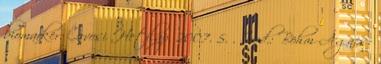
biomarker. Orvosi Hetilap, 2007. 5. . Irod.: Böhm Ágnes: